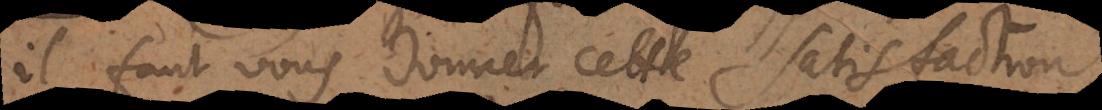
il faut vous donner cette satisfact